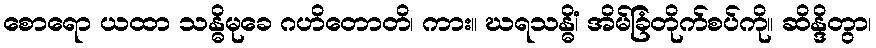
စောရော ယထာ သန္ဓိမုခေ ဂဟိတောတိ၊ ကား။ ဃရသန္ဓိံ၊ အိမ်ခြံတိုက်စပ်ကို။ ဆိန္ဒိတွာ၊